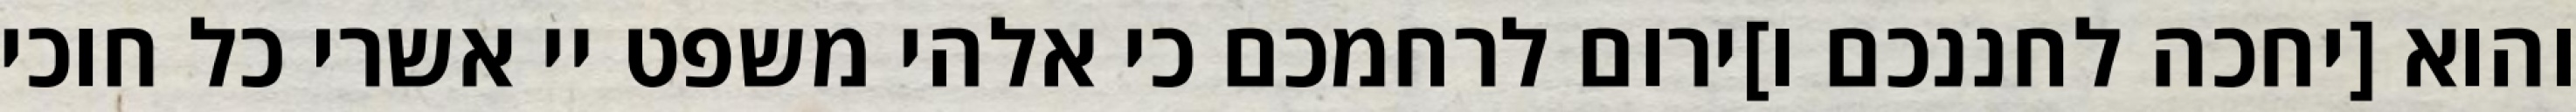
והוא [יחכה לחננכם ו]ירום לרחמכם כי אלהי משפט יי אשרי כל חוכי